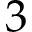
3